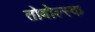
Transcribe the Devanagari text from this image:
तोबोल्स्क